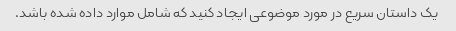
یک داستان سریع در مورد موضوعی ایجاد کنید که شامل موارد داده شده باشد.